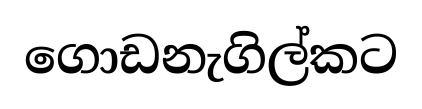
ගොඩනැගිල්කට